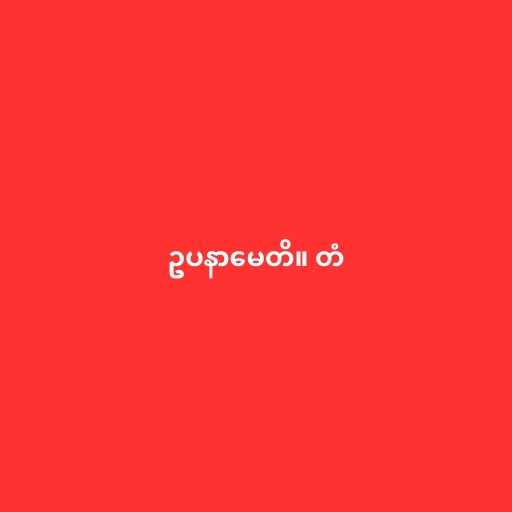
ဥပနာမေတိ။ တံ